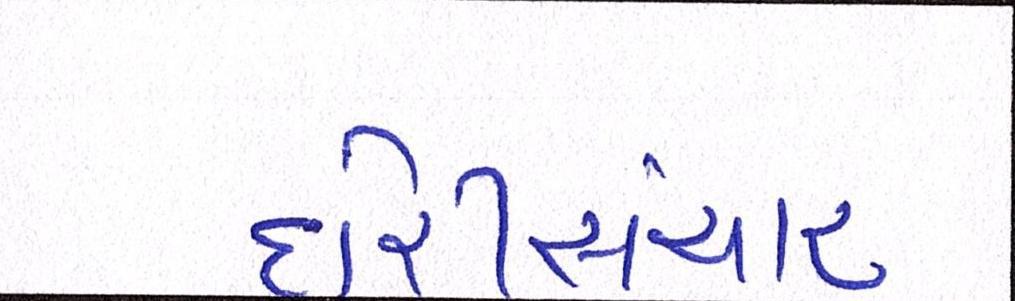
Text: દોરીસંચાર